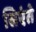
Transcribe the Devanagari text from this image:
सिएंते